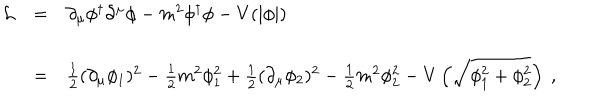
LaTeX: \begin{array} { r c l } { { { \cal L } } } & { { = } } & { { \partial _ { \mu } \phi ^ { \dagger } \partial ^ { \mu } \phi - m ^ { 2 } \phi ^ { \dagger } \phi - V ( | \phi | ) } } \\ { { } } & { { } } & { { } } \\ { { } } & { { = } } & { { \frac { 1 } { 2 } ( \partial _ { \mu } \phi _ { 1 } ) ^ { 2 } - \frac { 1 } { 2 } m ^ { 2 } \phi _ { 1 } ^ { 2 } + \frac { 1 } { 2 } ( \partial _ { \mu } \phi _ { 2 } ) ^ { 2 } - \frac { 1 } { 2 } m ^ { 2 } \phi _ { 2 } ^ { 2 } - V \left( \sqrt { \phi _ { 1 } ^ { 2 } + \phi _ { 2 } ^ { 2 } } \right) \ , } } \\ \end{array}